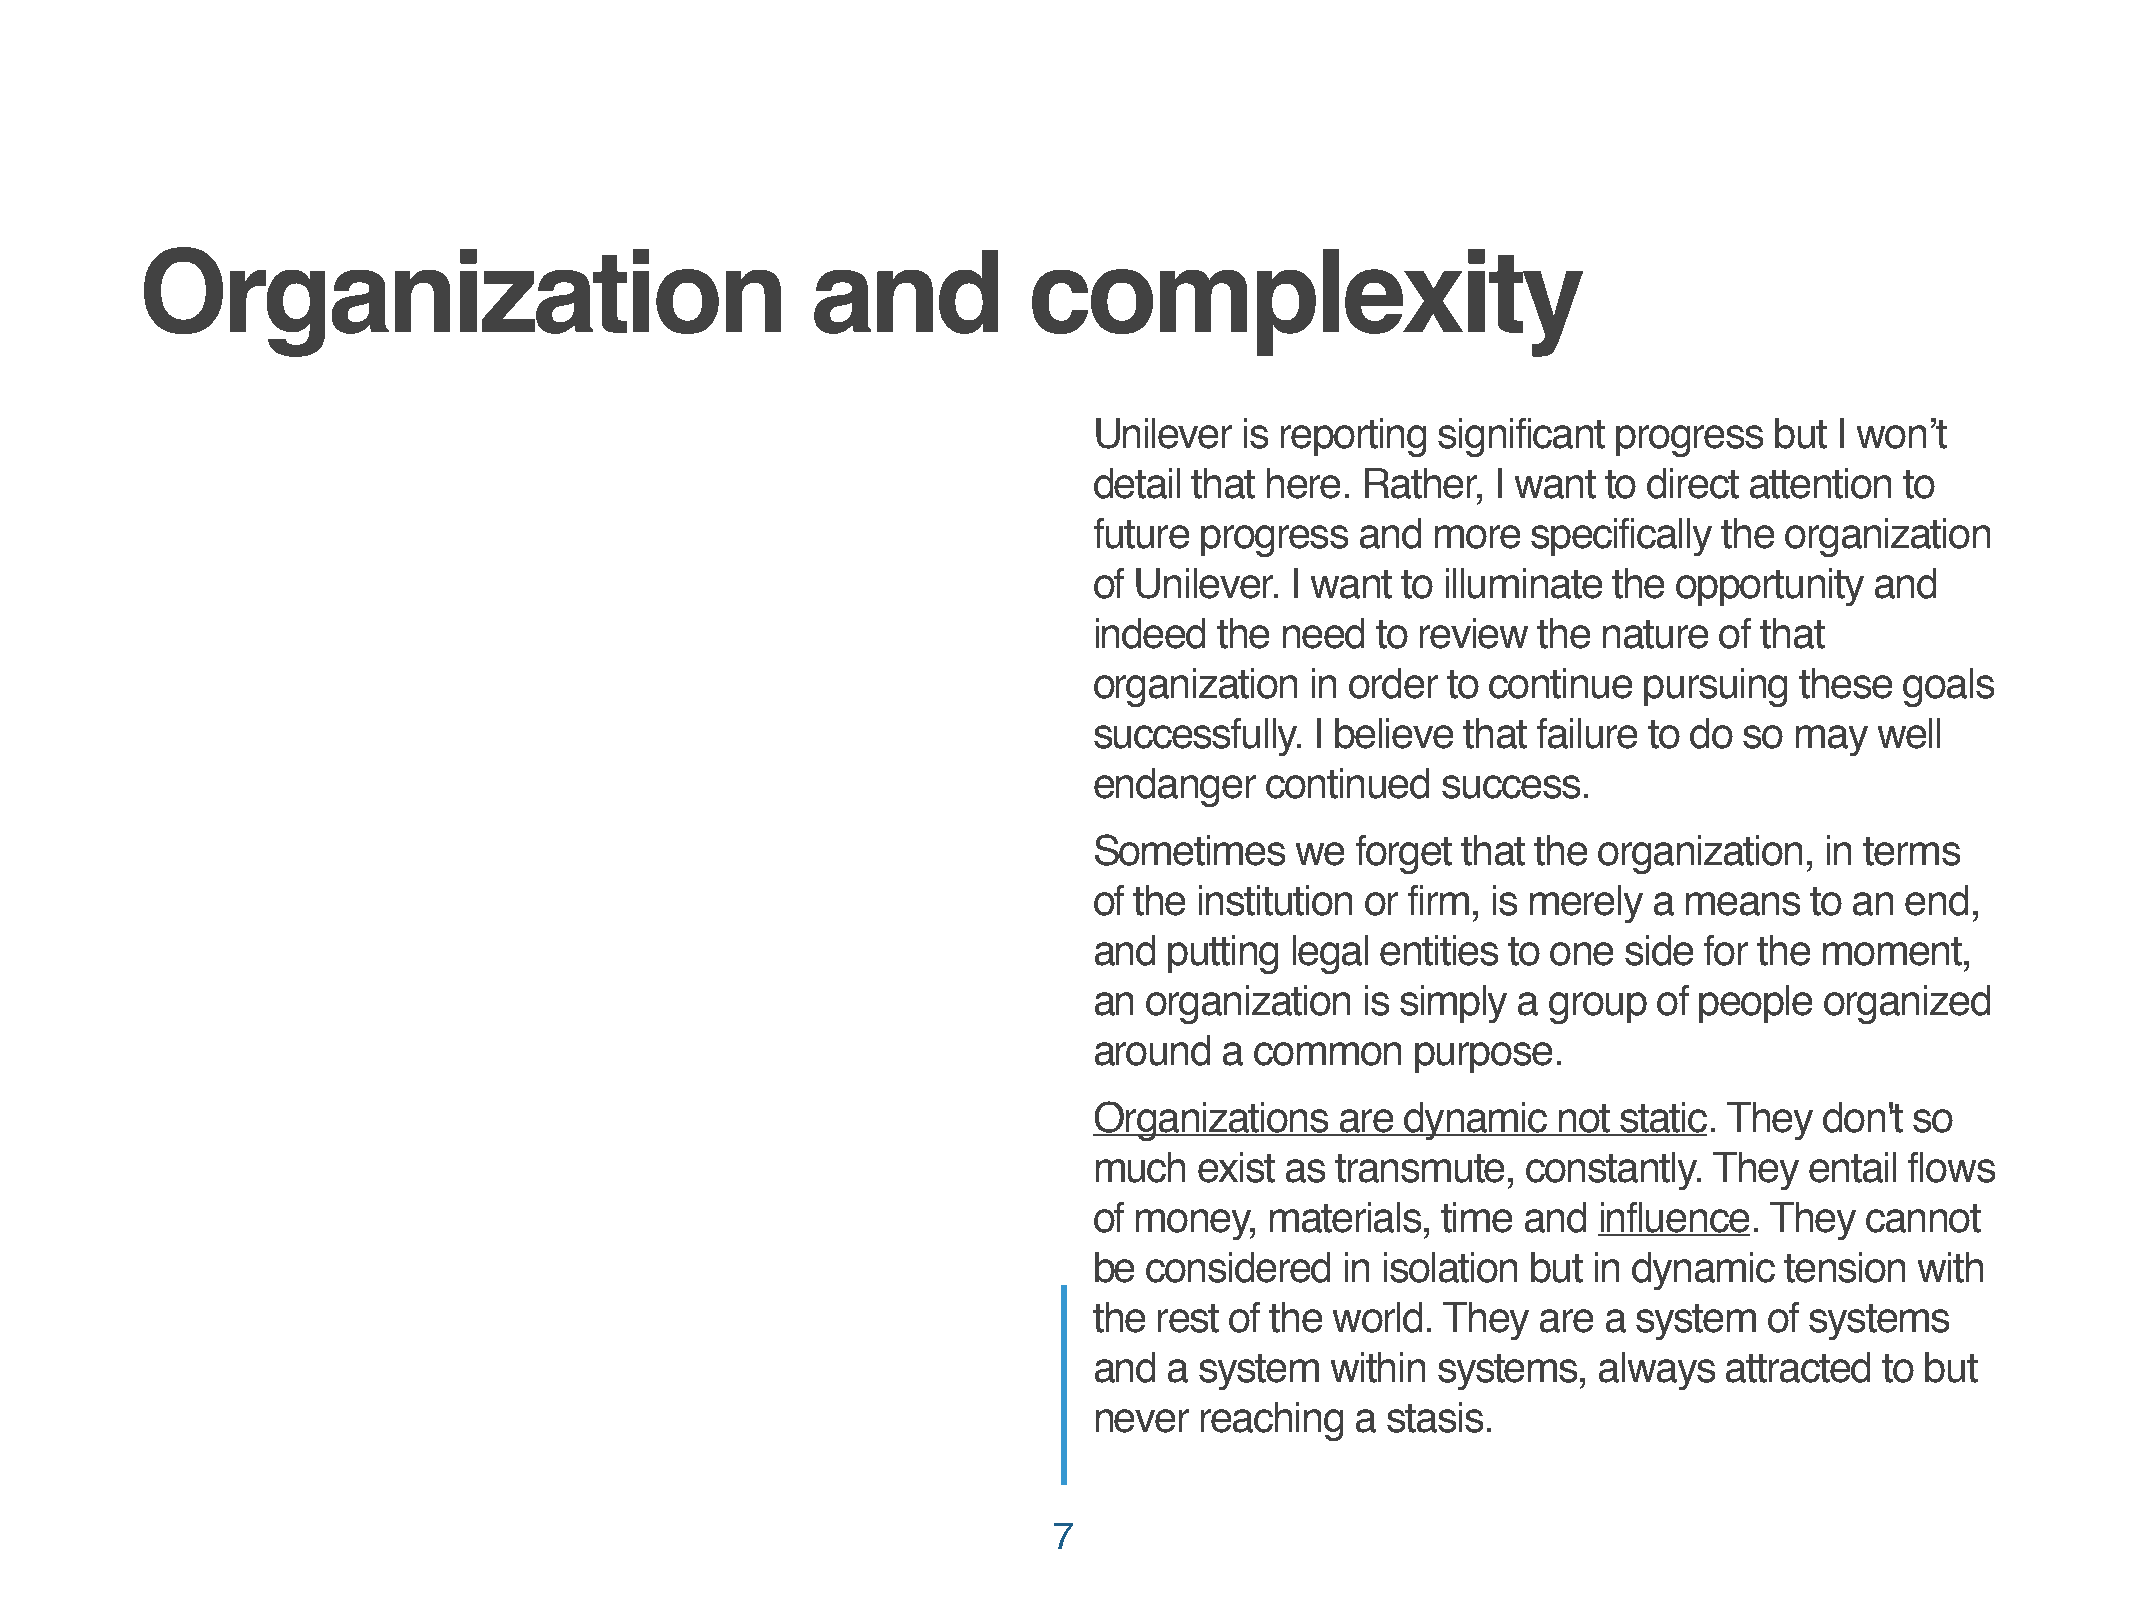
Organization                                 and           complexity
 Unilever  is reporting significant progress  but  I won’t
 detail that here. Rather,  I want to direct attention to
 future progress   and  more  specifically the organization
 of Unilever. I want  to illuminate the opportunity  and
 indeed   the need  to review  the nature  of that
 organization   in order to continue  pursuing  these  goals
 successfully.  I believe that failure to do so may  well
 endanger    continued  success.
 Sometimes     we  forget that the organization,  in terms
 of the institution or firm, is merely a means   to an end,
 and  putting legal entities to one  side for the moment,
 an  organization  is simply a  group  of people  organized
 around   a common     purpose.
 Organizations    are dynamic   not static. They  don't so
 much   exist as transmute,   constantly. They   entail flows
 of money,   materials, time  and  influence. They  cannot
 be  considered   in isolation but in dynamic  tension  with
 the rest of the world. They   are a system   of systems
 and  a system   within systems,   always  attracted  to but
 never  reaching   a stasis.
 7